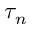
\tau _ { n }